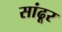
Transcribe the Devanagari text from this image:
सांढूर